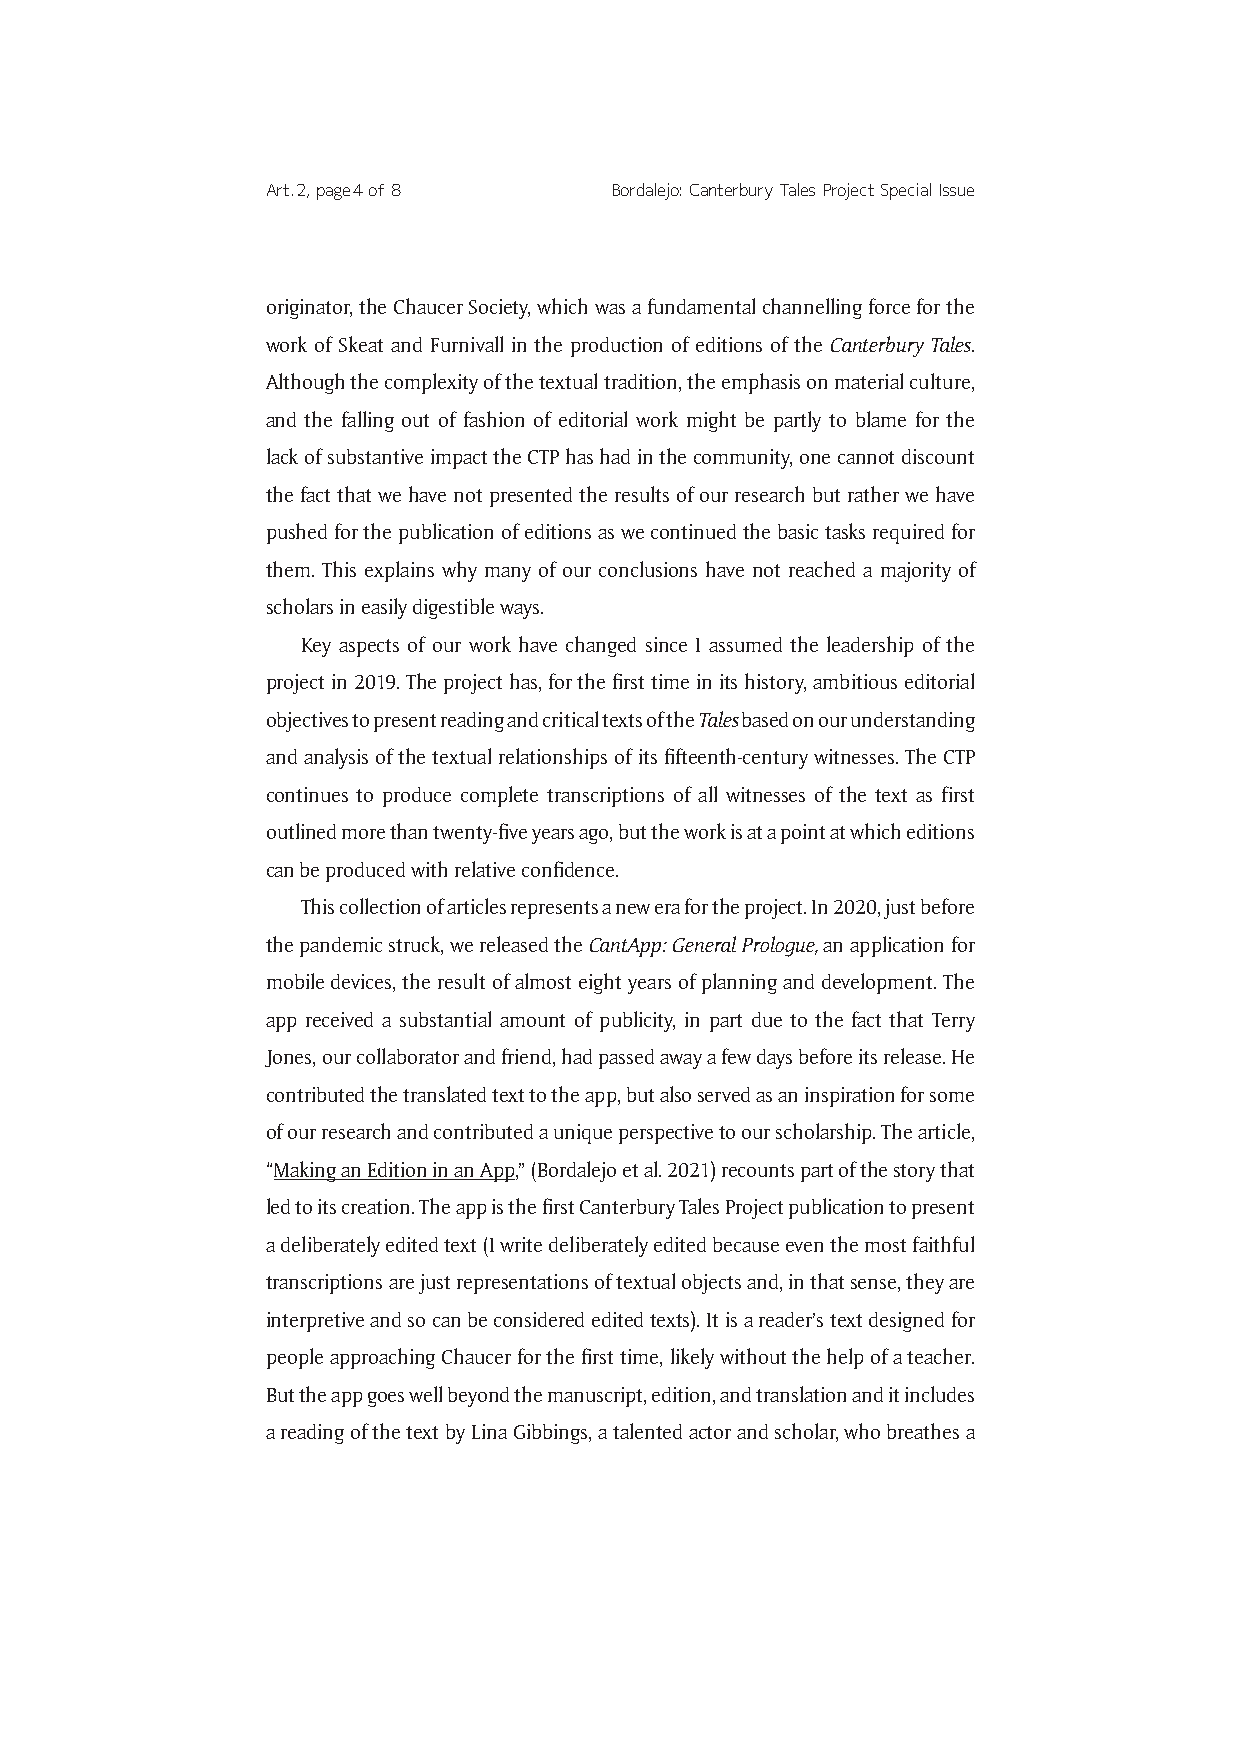
Art. 2, page 4 of 8   Bordalejo: Canterbury Tales Project Special Issue
 originator, the Chaucer Society, which was a fundamental channelling force for the
 work of Skeat and Furnivall in the production of editions of the Canterbury Tales.
 Although the complexity of the textual tradition, the emphasis on material culture,
 and the falling out of fashion of editorial work might be partly to blame for the
 lack of substantive impact the CTP has had in the community, one cannot discount
 the fact that we have not presented the results of our research but rather we have
 pushed for the publication of editions as we continued the basic tasks required for
 them. This explains why many of our conclusions have not reached a majority of
 scholars in easily digestible ways.
 Key aspects of our work have changed since I assumed the leadership of the
 project in 2019. The project has, for the first time in its history, ambitious editorial
 objectives to present reading and critical texts of the Tales based on our understanding
 and analysis of the textual relationships of its fifteenth-century witnesses. The CTP
 continues to produce complete transcriptions of all witnesses of the text as first
 outlined more than twenty-five years ago, but the work is at a point at which editions
 can be produced with relative confidence.
 This collection of articles represents a new era for the project. In 2020, just before
 the pandemic struck, we released the CantApp: General Prologue, an application for
 mobile devices, the result of almost eight years of planning and development. The
 app received a substantial amount of publicity, in part due to the fact that Terry
 Jones, our collaborator and friend, had passed away a few days before its release. He
 contributed the translated text to the app, but also served as an inspiration for some
 of our research and contributed a unique perspective to our scholarship. The article,
 “Making an Edition in an App,” (Bordalejo et al. 2021) recounts part of the story that
 led to its creation. The app is the first Canterbury Tales Project publication to present
 a deliberately edited text (I write deliberately edited because even the most faithful
 transcriptions are just representations of textual objects and, in that sense, they are
 interpretive and so can be considered edited texts). It is a reader’s text designed for
 people approaching Chaucer for the first time, likely without the help of a teacher.
 But the app goes well beyond the manuscript, edition, and translation and it includes
 a reading of the text by Lina Gibbings, a talented actor and scholar, who breathes a